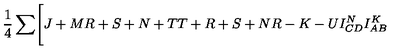
{ \frac { 1 } { 4 } } \sum \Biggl [ { \binom { J + M } { R + S + N + T } } { \binom { T + R + S + N } { R - K - U } } I _ { C D } ^ { N } I _ { A B } ^ { K }